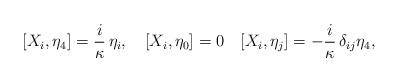
LaTeX: \begin{align*} [X_i, \eta_4] = \frac{i}\kappa\, \eta_i,\quad [X_i, \eta_0] =0 \quad [X_i, \eta_j] = -\frac{i}\kappa\,\delta_{ij} \eta_4,\end{align*}